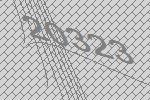
20323